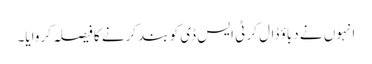
انہوں نے دباؤ ڈال کر ٹی ایس ڈی کو بند کرنے کا فیصلہ کروایا۔